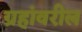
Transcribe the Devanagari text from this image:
ग्रहांवरील